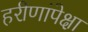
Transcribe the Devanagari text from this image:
हरीणांपेक्षा